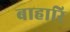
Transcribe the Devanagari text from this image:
बाहारि